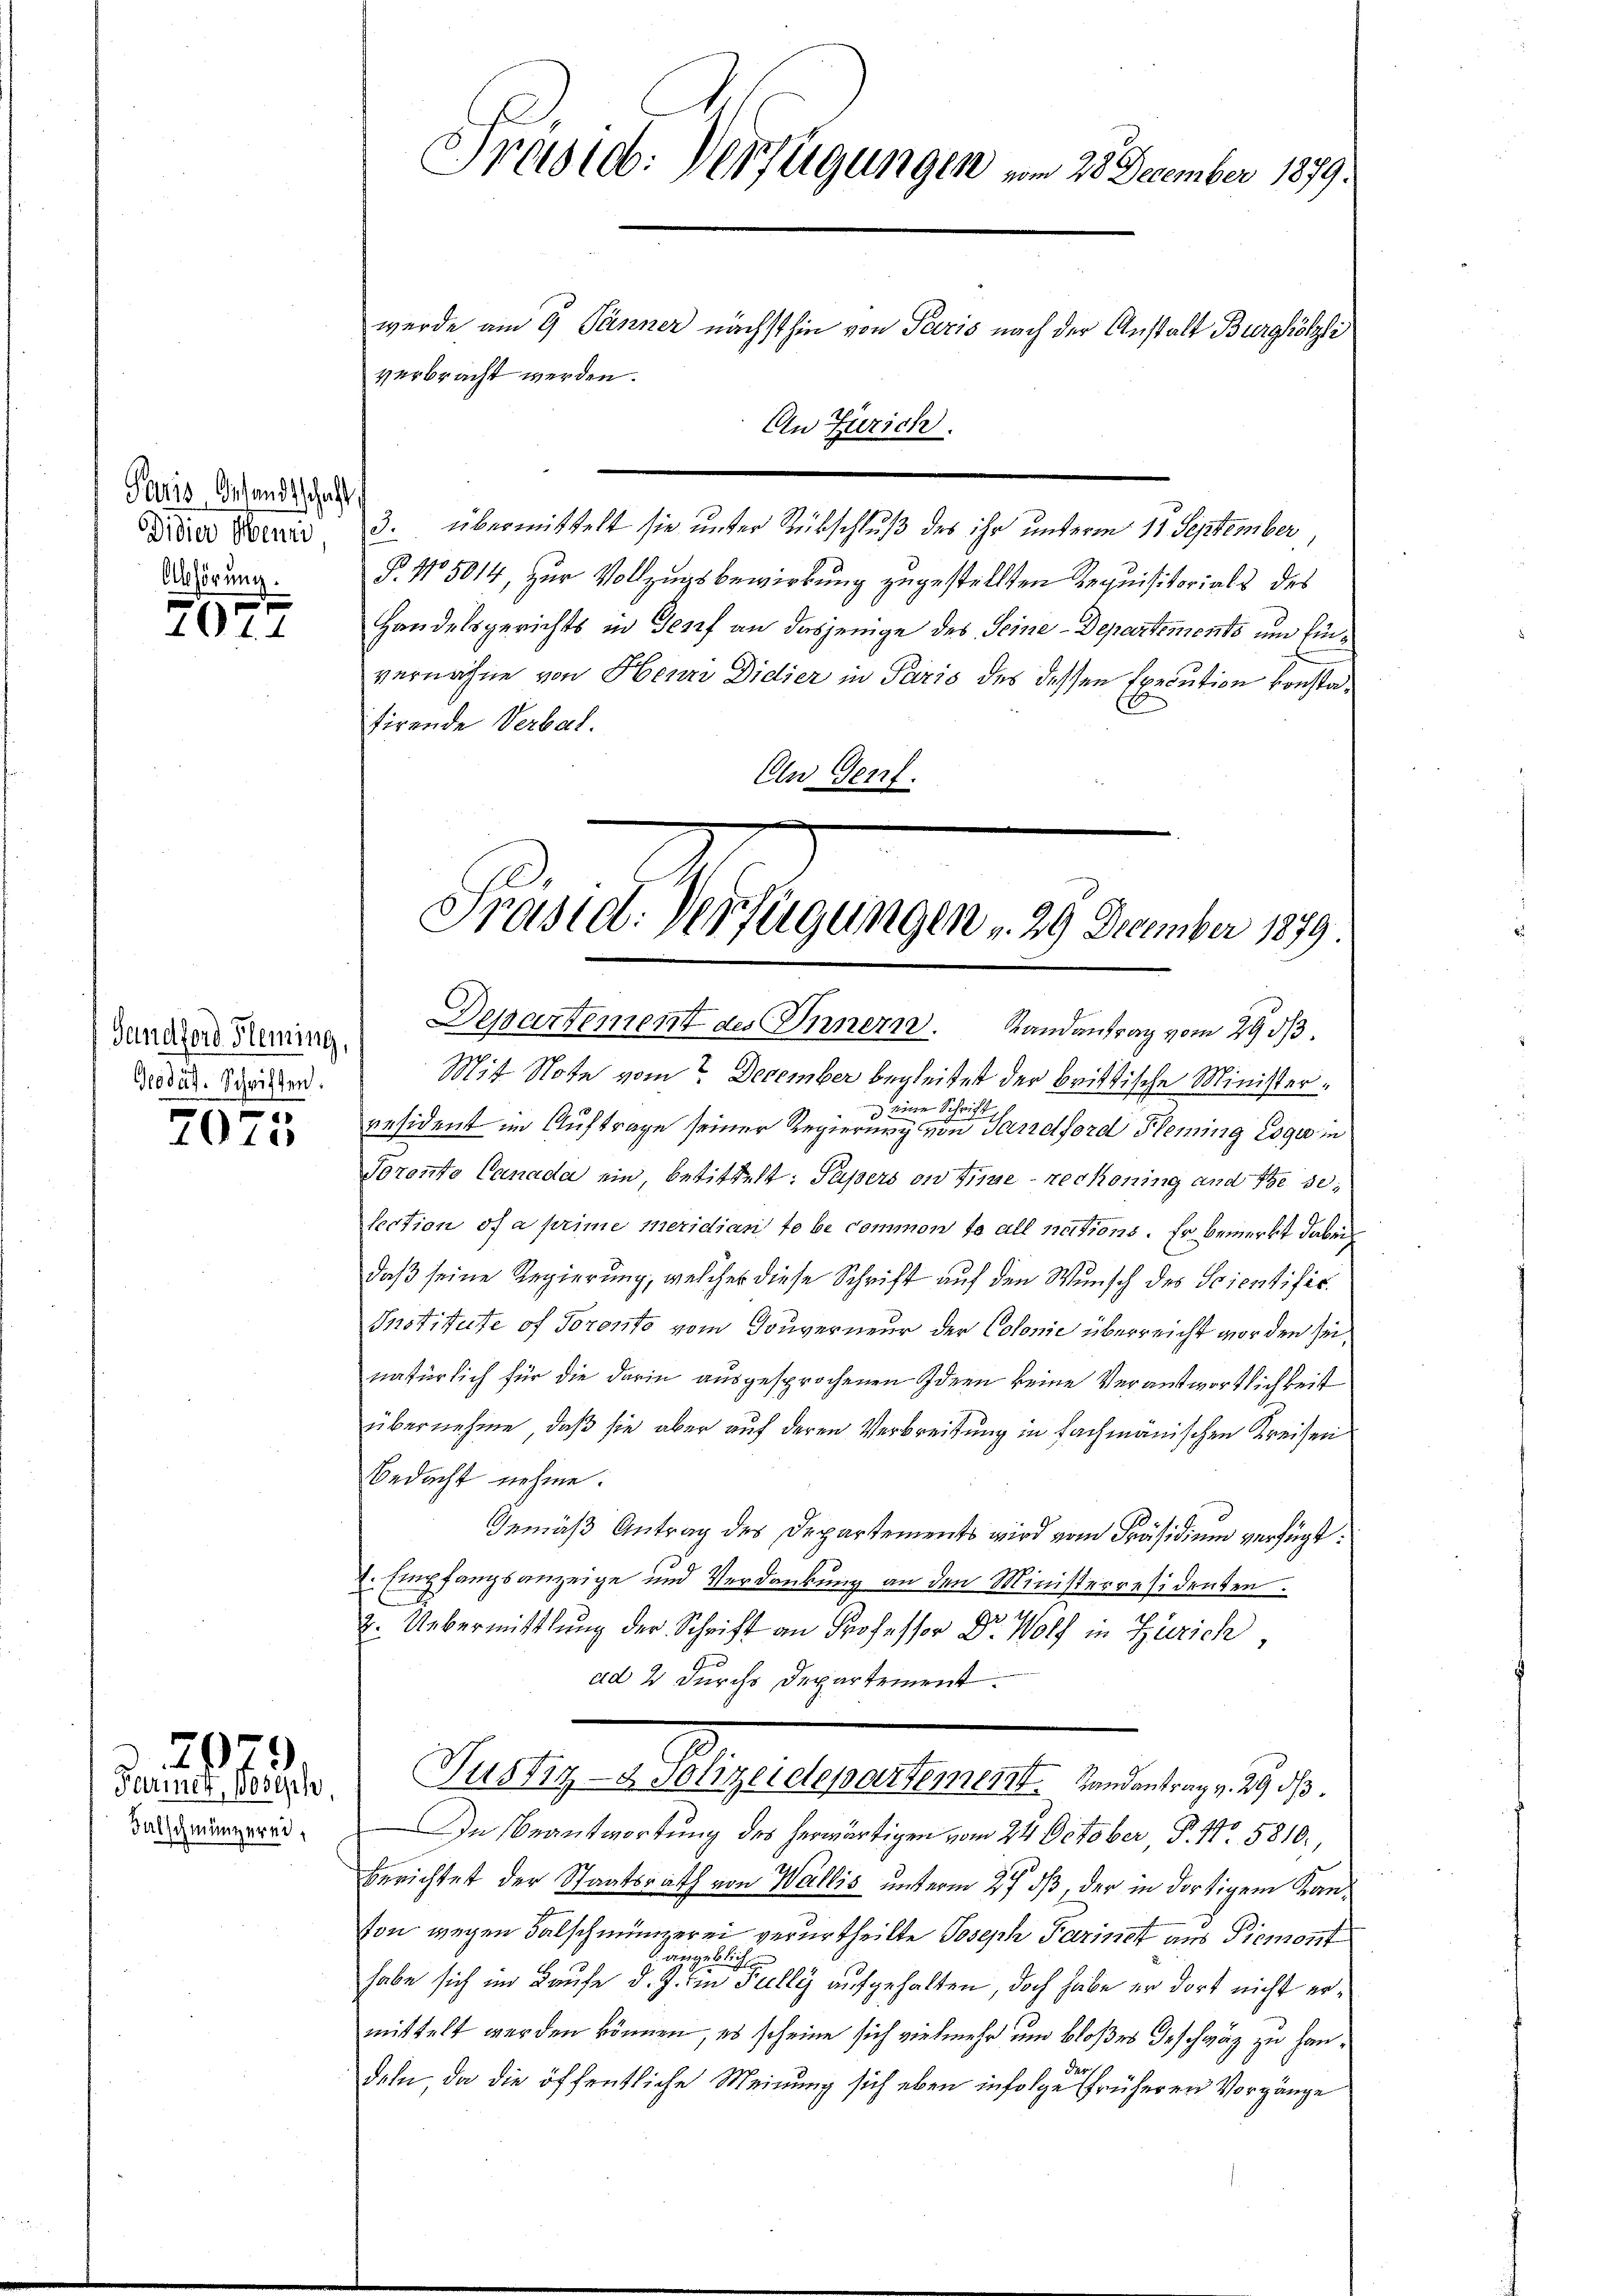
Paris, Gesandtschaft
Didier Menni
Abhörung.

7072

Gandford Fleming,
Geodäg. Schriften.

2075

Falschmängerei

2979
Ferier, Joseph

3. übermittelt sie unter Rückschluß des ihr unterm 11. September
P. Nr. 5014, zur Vollzugsbewirkung zugestellten Requisitorials des
Handelsgerichts in Genf an dasjenige des Seine-Departements um Einvernahme von Herrn Didier in Paris des dessen Execution konstasirende Verbal.
An Genf.

Mit Note vom December begleitet der brittische Minister¬
 eine Schrift
resident im Auftrage seiner Regierung von Sandford Pleming Esgi in
Torento Canada ein, betittelt: Papers on sie rechening und sie se
lection of a prime meridiante be common ta all nations. Er bemerkt dabei
daß seine Regierung, welcher diese Schrift auf den Wunsch des Scientific
Pnotitute of Toronto vom Gouverneur der Colonie überreicht worden sei,
natürlich für die darin ausgesprochenen Ideen keine Verantwortlichkeit
übernehme, daß sie aber auf deren Verbreitung in fachmänischen Kreisen
Bedacht nehme.
Gemäß Antrag des Departements wird vom Präsidium verfügt:
2. Empfangsanzeige und Verdankung an den Ministerresidenten.
2. Uebermittlung der Schrift an Professor Dr. Wolf in Zürich,
ad 2 durchs Departement.
Justiz- & Polizeidepartement. Landantrag v. 29 d
In Beantwortung des herwärtigen vom 24. October P. Nr. 5810.,
Berichtet der Staatsrath von Wallis unterm 27. ds, der in dortigem Kanton wegen Falschmünzerei verurtheilte Joseph Parinet aus Piemont
eblicher
habe sich im Laufe d. J. in Fully aufgehalten, doch habe er dort nicht ermittelt werden können, es scheine sich vielmehr und bloßes Geschwaz zu Hander
deln, da die öffentliche Meinung sich eben infolge früheren Vorgänge

Präsieb. Verfügungen vom 25 December 1879.
wurde am 9. Jänner nächsthin von Paris nach der Anstalt Burghölzli
verbracht werden.
An Zürich.

Präsid. Verfügungen v. 29 December 1879
Departement des Innern. Randantrag vom 29. dβ.